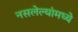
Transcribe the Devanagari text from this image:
नसलेल्यांमध्ये